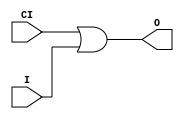
// $Header: /devl/xcs/repo/env/Databases/CAEInterfaces/verunilibs/data/unisims/ORCY.v,v 1.5.158.1 2007/03/09 18:13:17 patrickp Exp $
///////////////////////////////////////////////////////////////////////////////
// Copyright (c) 1995/2004 Xilinx, Inc.
// All Right Reserved.
///////////////////////////////////////////////////////////////////////////////
//   ____  ____
//  /   /\/   /
// /___/  \  /    Vendor : Xilinx
// \   \   \/     Version : 8.1i (I.13)
//  \   \         Description : Xilinx Functional Simulation Library Component
//  /   /                  OR with Carry Logic
// /___/   /\     Filename : ORCY.v
// \   \  /  \    Timestamp : Thu Mar 25 16:43:32 PST 2004
//  \___\/\___\
//
// Revision:
//    03/23/04 - Initial version.
// End Revision

`timescale  100 ps / 10 ps


module ORCY (O, CI, I);

    output O;

    input  CI, I;

	or X1 (O, CI, I);


endmodule